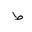
Letter: _da